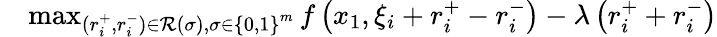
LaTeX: \begin{array}{rl}&{\operatorname*{max}_{\substack{(r_{i}^{+},r_{i}^{-})\in{\mathcal R}\left(\sigma\right),\sigma\in\left\{ 0,1\right\} ^{m}}}f\left(x_{1},{\xi_{i}+r_{i}^{+}-r_{i}^{-}}\right)-\lambda\left(r_{i}^{+}+r_{i}^{-}\right)}\end{array}